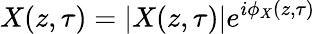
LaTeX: X(z,\tau)={\left|X(z,\tau)\right|}e^{i\phi_{X}(z,\tau)}